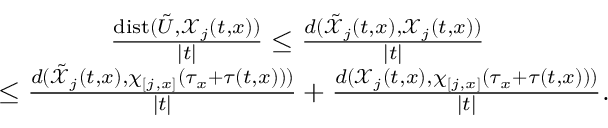
\begin{array} { r l } & { \qquad \qquad \frac { \mathrm { d i s t } ( { \tilde { U } } , \mathcal { X } _ { j } ( t , x ) ) } { \lvert t \rvert } \leq \frac { d ( \tilde { \mathcal { X } } _ { j } ( t , x ) , \mathcal { X } _ { j } ( t , x ) ) } { \lvert t \rvert } } \\ & { \leq \frac { d ( \tilde { \mathcal { X } } _ { j } ( t , x ) , \chi _ { [ j , x ] } ( \tau _ { x } + \tau ( t , x ) ) ) } { \lvert t \rvert } + \frac { d ( \mathcal { X } _ { j } ( t , x ) , \chi _ { [ j , x ] } ( \tau _ { x } + \tau ( t , x ) ) ) } { \lvert t \rvert } . } \end{array}